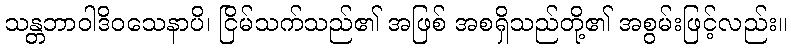
သန္တဘာဝါဒိဝသေနာပိ၊ ငြိမ်သက်သည်၏ အဖြစ် အစရှိသည်တို့၏ အစွမ်းဖြင့်လည်း။